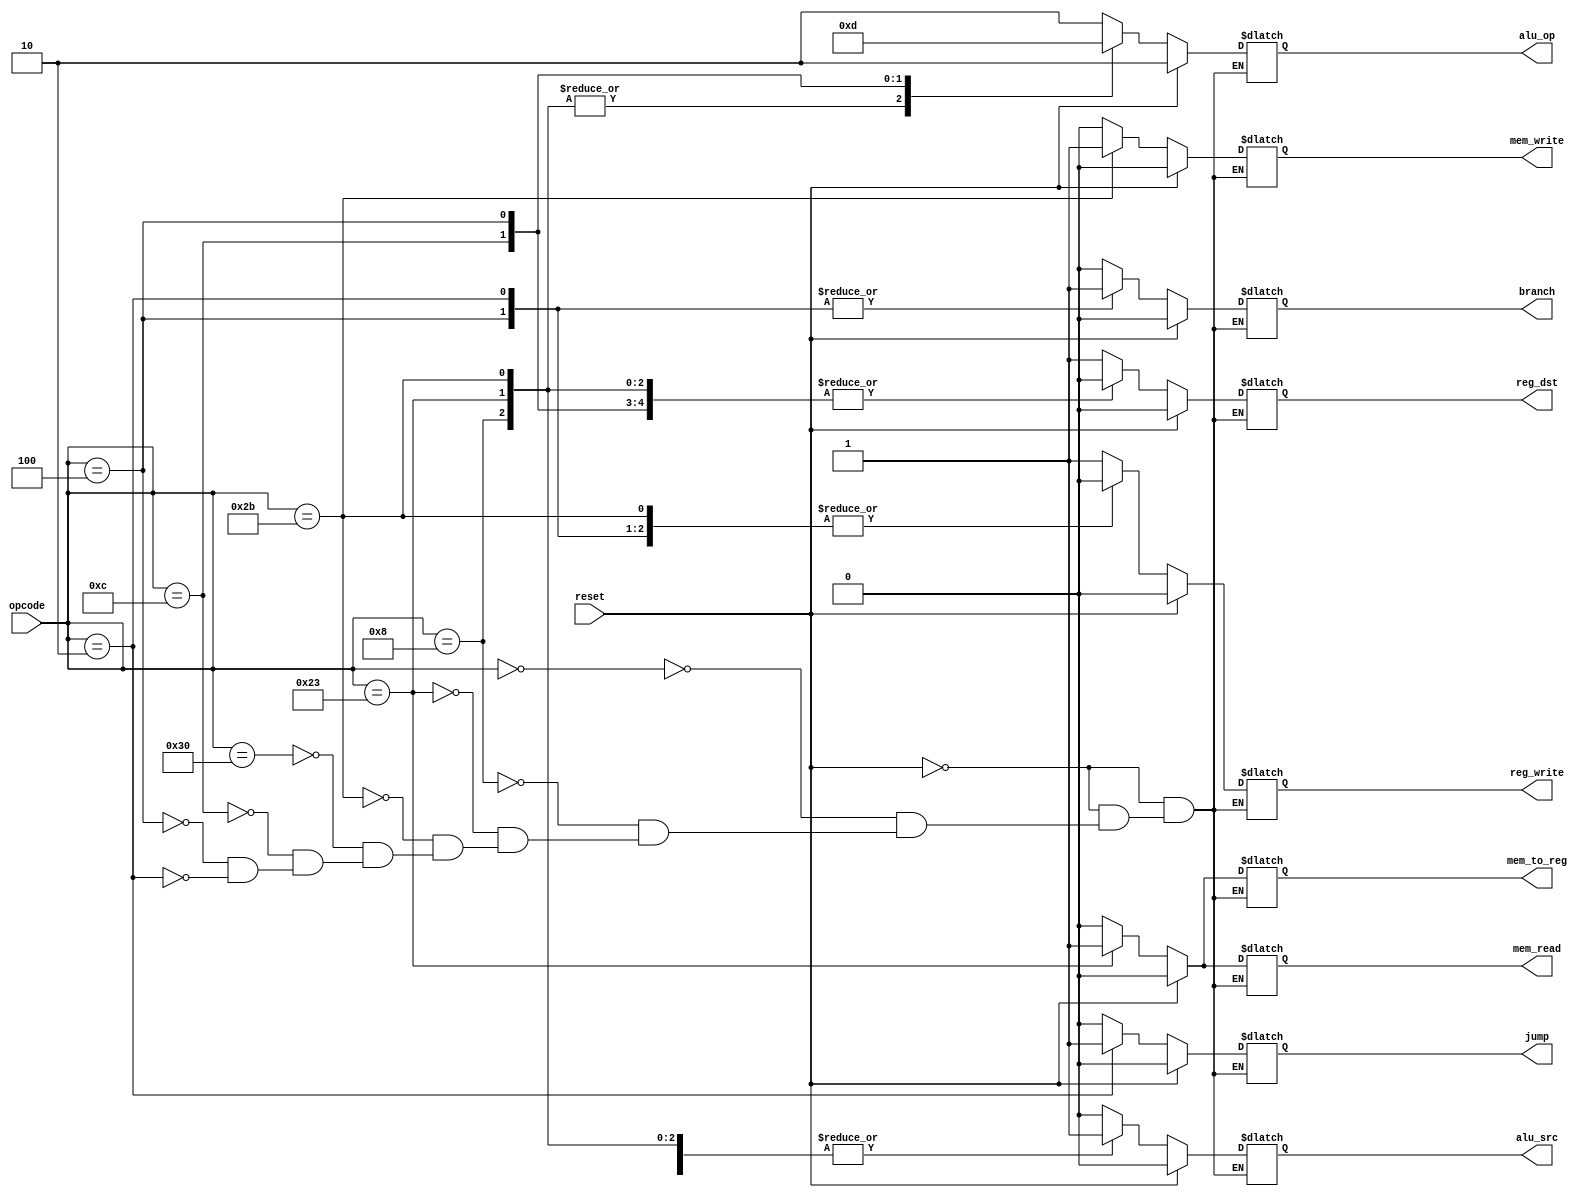
`timescale 1ns / 1ps
//////////////////////////////////////////////////////////////////////////////////
// Company: 
// Engineer: 
// 
// Design Name: 
// Module Name: control
// Project Name: 
// Target Devices: 
// Tool Versions: 
// Description: 
// 
// Dependencies: 
// 
// Revision:
// Revision 0.01 - File Created
// Additional Comments:
// 
//////////////////////////////////////////////////////////////////////////////////


module control(
    input reset,
    input[5:0] opcode,  
    output reg reg_dst, mem_to_reg, 
    output reg [1:0] alu_op,  
    output reg mem_read, mem_write, alu_src, reg_write, branch, jump 
    );
    
always @(*)  
begin  
   if(reset == 1'b1) 
   begin  
      reg_dst = 1'b0;  
      mem_to_reg = 1'b0;  
      alu_op = 2'b10;  
      mem_read = 1'b0;  
      mem_write = 1'b0;  
      alu_src = 1'b0;  
      reg_write = 1'b0;      
      jump = 1'b0;
      branch = 1'b0;
   end  
   else 
   begin  
      case(opcode)
         
      6'b000000: 
      begin // add, and, or, sub //nor,slt,xor,mult,div
            reg_dst = 1'b1;  
            mem_to_reg = 1'b0;  
            alu_op = 2'b10;  
            mem_read = 1'b0;  
            mem_write = 1'b0;  
            alu_src = 1'b0;  
            reg_write = 1'b1;   
            jump = 1'b0;
            branch = 1'b0;
             
      end          
      6'b001000: 
      begin // addi 
            reg_dst = 1'b0;  
            mem_to_reg = 1'b0;  
            alu_op = 2'b00;  
            mem_read = 1'b0;  
            mem_write = 1'b0;  
            alu_src = 1'b1;  
            reg_write = 1'b1;   
            jump = 1'b0;
            branch = 1'b0; 
      end 
      6'b100011: 
      begin // lw  
            reg_dst = 1'b0;  
            mem_to_reg = 1'b1;  
            alu_op = 2'b00;    
            mem_read = 1'b1;  
            mem_write = 1'b0;  
            alu_src = 1'b1;  
            reg_write = 1'b1;
            jump = 1'b0;
            branch = 1'b0;   
       end   
      6'b101011: 
      begin // sw  
            reg_dst = 1'b0;  
            mem_to_reg = 1'b0;  
            alu_op = 2'b00;    
            mem_read = 1'b0;  
            mem_write = 1'b1;  
            alu_src = 1'b1;  
            reg_write = 1'b0;  
            jump = 1'b0;
            branch = 1'b0;
      end  
      6'b110000:  //sll, srl, sra
      begin
            reg_dst = 1'b1;  
            mem_to_reg = 1'b0;  
            alu_op = 2'b10;    
            mem_read = 1'b0;  
            mem_write = 1'b0;  
            alu_src = 1'b1;  
            reg_write = 1'b1;
            jump = 1'b0;
            branch = 1'b0;   
      end
      6'b001100: //andi
      begin
            reg_dst = 1'b0;  
            mem_to_reg = 1'b0;  
            alu_op = 2'b11;    
            mem_read = 1'b0;  
            mem_write = 1'b0;  
            alu_src = 1'b1;  
            reg_write = 1'b1; 
            jump = 1'b0;
            branch = 1'b0;
      end
      6'b000100: //beq
      begin
            reg_dst = 1'b0;  
            mem_to_reg = 1'b0;  
            alu_op = 2'b01;    
            mem_read = 1'b0;  
            mem_write = 1'b0;  
            alu_src = 1'b0;  
            reg_write = 1'b0; 
            branch = 1'b1;
            jump = 1'b0;
      end
      6'b000010: //jump
      begin
            reg_dst = 1'bx;  
            mem_to_reg = 1'bx;  
            alu_op = 2'bxx;    
            mem_read = 1'b0;  
            mem_write = 1'b0;  
            alu_src = 1'bx;  
            reg_write = 1'b0; 
            jump = 1'b1;
            branch = 1'b1;
      end
      endcase  
   end  
 end 
 endmodule